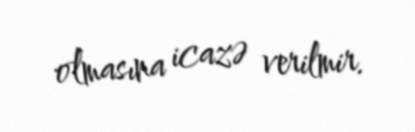
olmasına icazə verilmir.